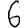
Digit: 6